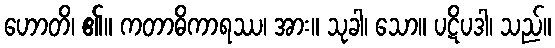
ဟောတိ၊ ၏။ ကတာဓိကာရဿ၊ အား။ သုခါ၊ သော။ ပဋိပဒါ၊ သည်။